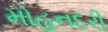
મોહનદરી